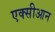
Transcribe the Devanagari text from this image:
एक्सीआन